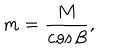
m = \frac { M } { \cos { \beta } } ,